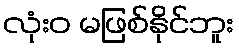
လုံးဝ မဖြစ်နိုင်ဘူး